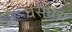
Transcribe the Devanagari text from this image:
वसुधरा